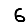
Digit: 6